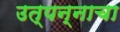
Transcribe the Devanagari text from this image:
उत्पन्‍नाचा